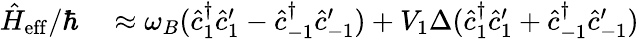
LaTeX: \begin{array}{rl}{\hat{H}_{\mathrm{eff}}/\hbar}&{{}\approx\omega_{B}(\hat{c}_{1}^{\dagger}\hat{c}_{1}^{\prime}-\hat{c}_{-1}^{\dagger}\hat{c}_{-1}^{\prime})+V_{1}\Delta(\hat{c}_{1}^{\dagger}\hat{c}_{1}^{\prime}+\hat{c}_{-1}^{\dagger}\hat{c}_{-1}^{\prime})}\end{array}